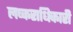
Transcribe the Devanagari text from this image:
लष्कराधिकारी